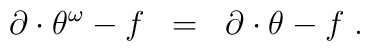
\partial \cdot \theta^{\omega} - f \;\; = \;\; \partial \cdot \theta -f \;.